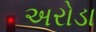
અરોડા